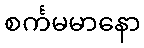
စင်္ကမမာနော